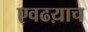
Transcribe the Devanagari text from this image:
एवढय़ाच